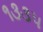
૧૩૩૫